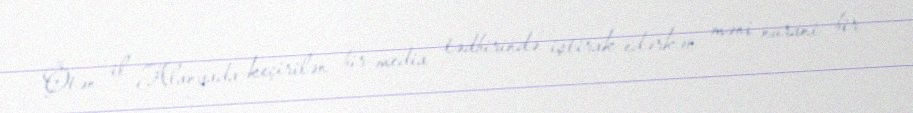
Ötən il Alanyada keçirilən bir media tədbirində iştirak edərkən məni nurani bir